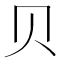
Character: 贝